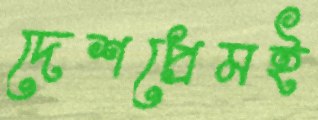
দেশপ্রেমই